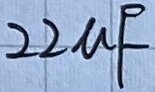
Text: 22µF